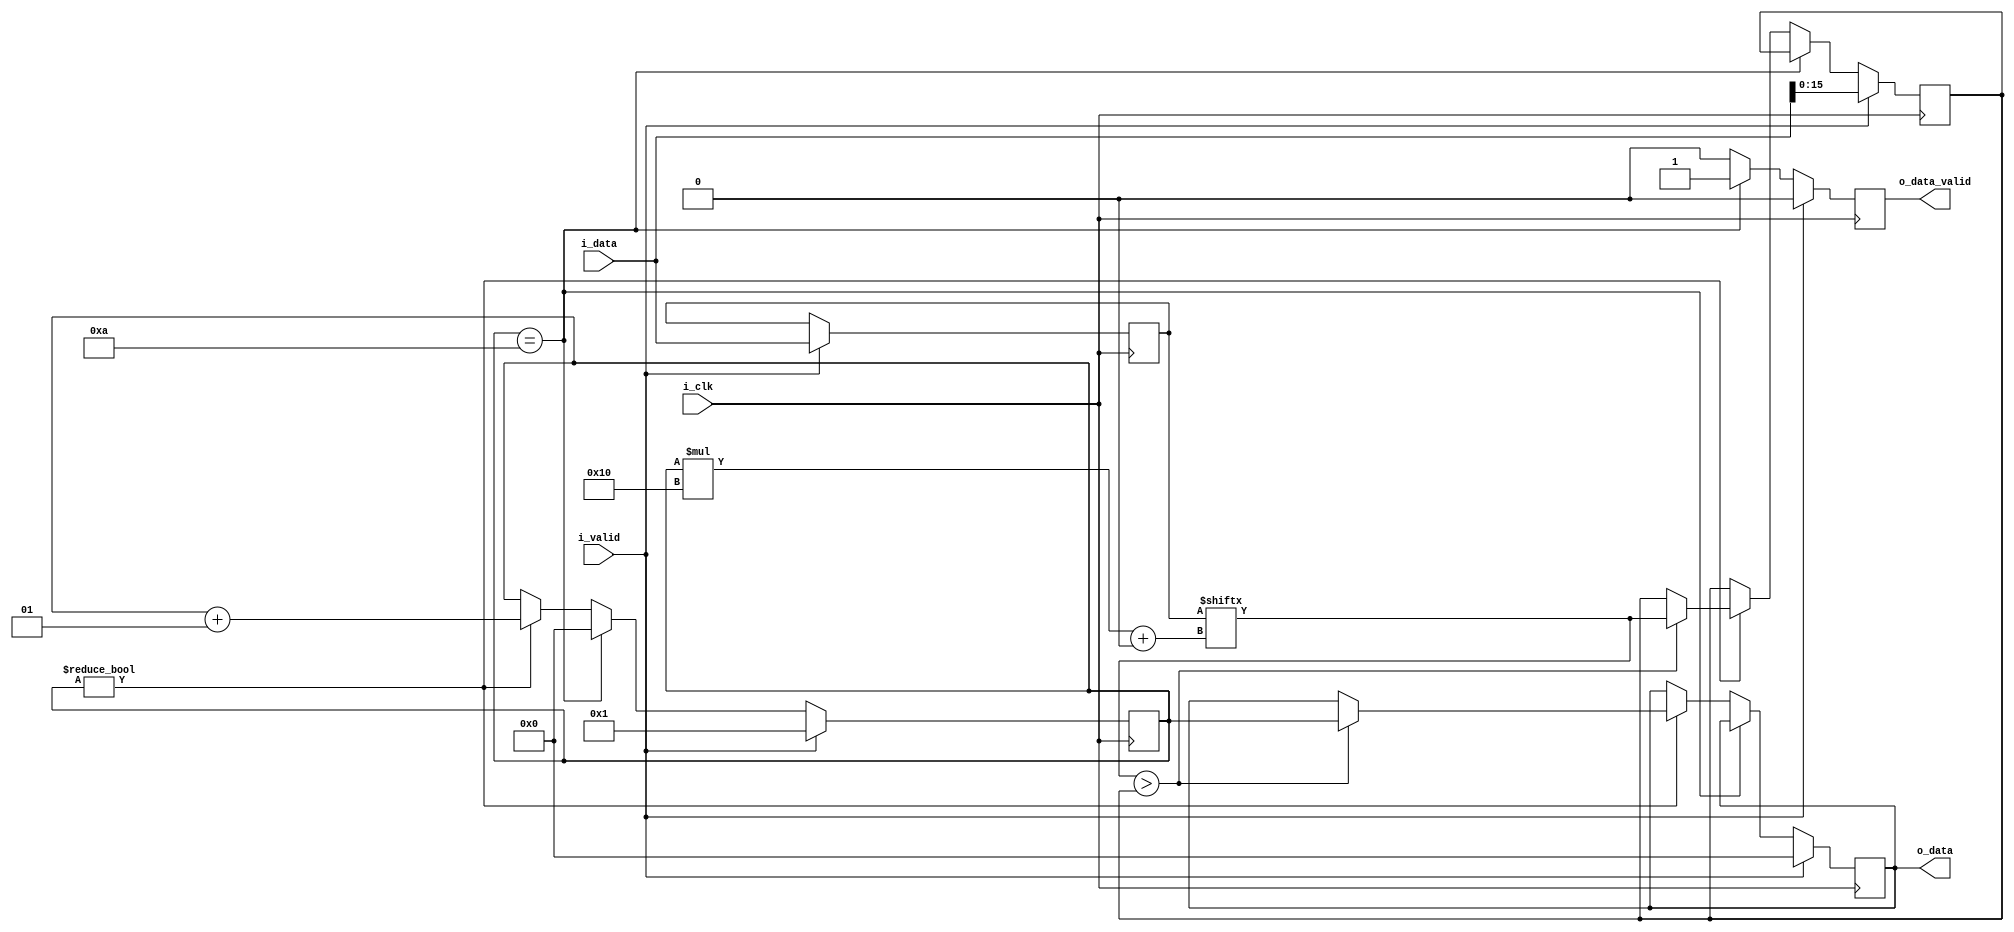
// This program was cloned from: https://github.com/vipinkmenon/neuralNetwork
// License: MIT License

module maxFinder #(parameter numInput=10,parameter inputWidth=16)(
input           i_clk,
input [(numInput*inputWidth)-1:0]   i_data,
input           i_valid,
output reg [31:0]o_data,
output  reg     o_data_valid
);

reg [inputWidth-1:0] maxValue;
reg [(numInput*inputWidth)-1:0] inDataBuffer;
integer counter;

always @(posedge i_clk)
begin
    o_data_valid <= 1'b0;
    if(i_valid)
    begin
        maxValue <= i_data[inputWidth-1:0];
        counter <= 1;
        inDataBuffer <= i_data;
        o_data <= 0;
    end
    else if(counter == numInput)
    begin
        counter <= 0;
        o_data_valid <= 1'b1;
    end
    else if(counter != 0)
    begin
        counter <= counter + 1;
        if(inDataBuffer[counter*inputWidth+:inputWidth] > maxValue)
        begin
            maxValue <= inDataBuffer[counter*inputWidth+:inputWidth];
            o_data <= counter;
        end
    end
end

endmodule